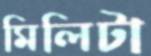
মিলিটা